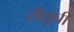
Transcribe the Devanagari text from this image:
सेतूची